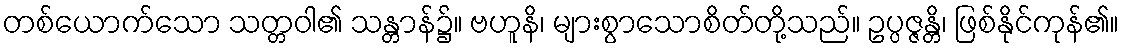
တစ်ယောက်သော သတ္တဝါ၏ သန္တာန်၌။ ဗဟူနိ၊ များစွာသောစိတ်တို့သည်။ ဥပ္ပဇ္ဇန္တိ၊ ဖြစ်နိုင်ကုန်၏။